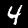
Label: 4